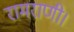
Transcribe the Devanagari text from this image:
रामराणी।